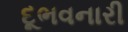
દૂભવનારી